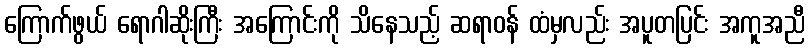
ကြောက်ဖွယ် ရောဂါဆိုးကြီး အကြောင်းကို သိနေသည့် ဆရာဝန် ထံမှလည်း အပူတပြင်း အကူအညီ